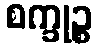
စက္ခုဉ္စ